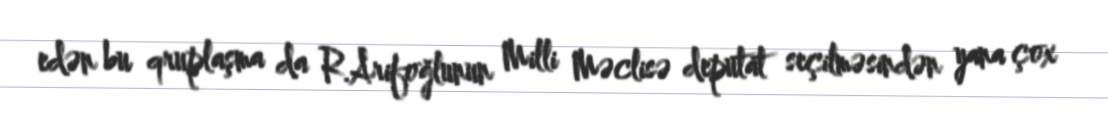
edən bu qruplaşma da R.Arifoğlunun Milli Məclisə deputat seçilməsindən yana çox